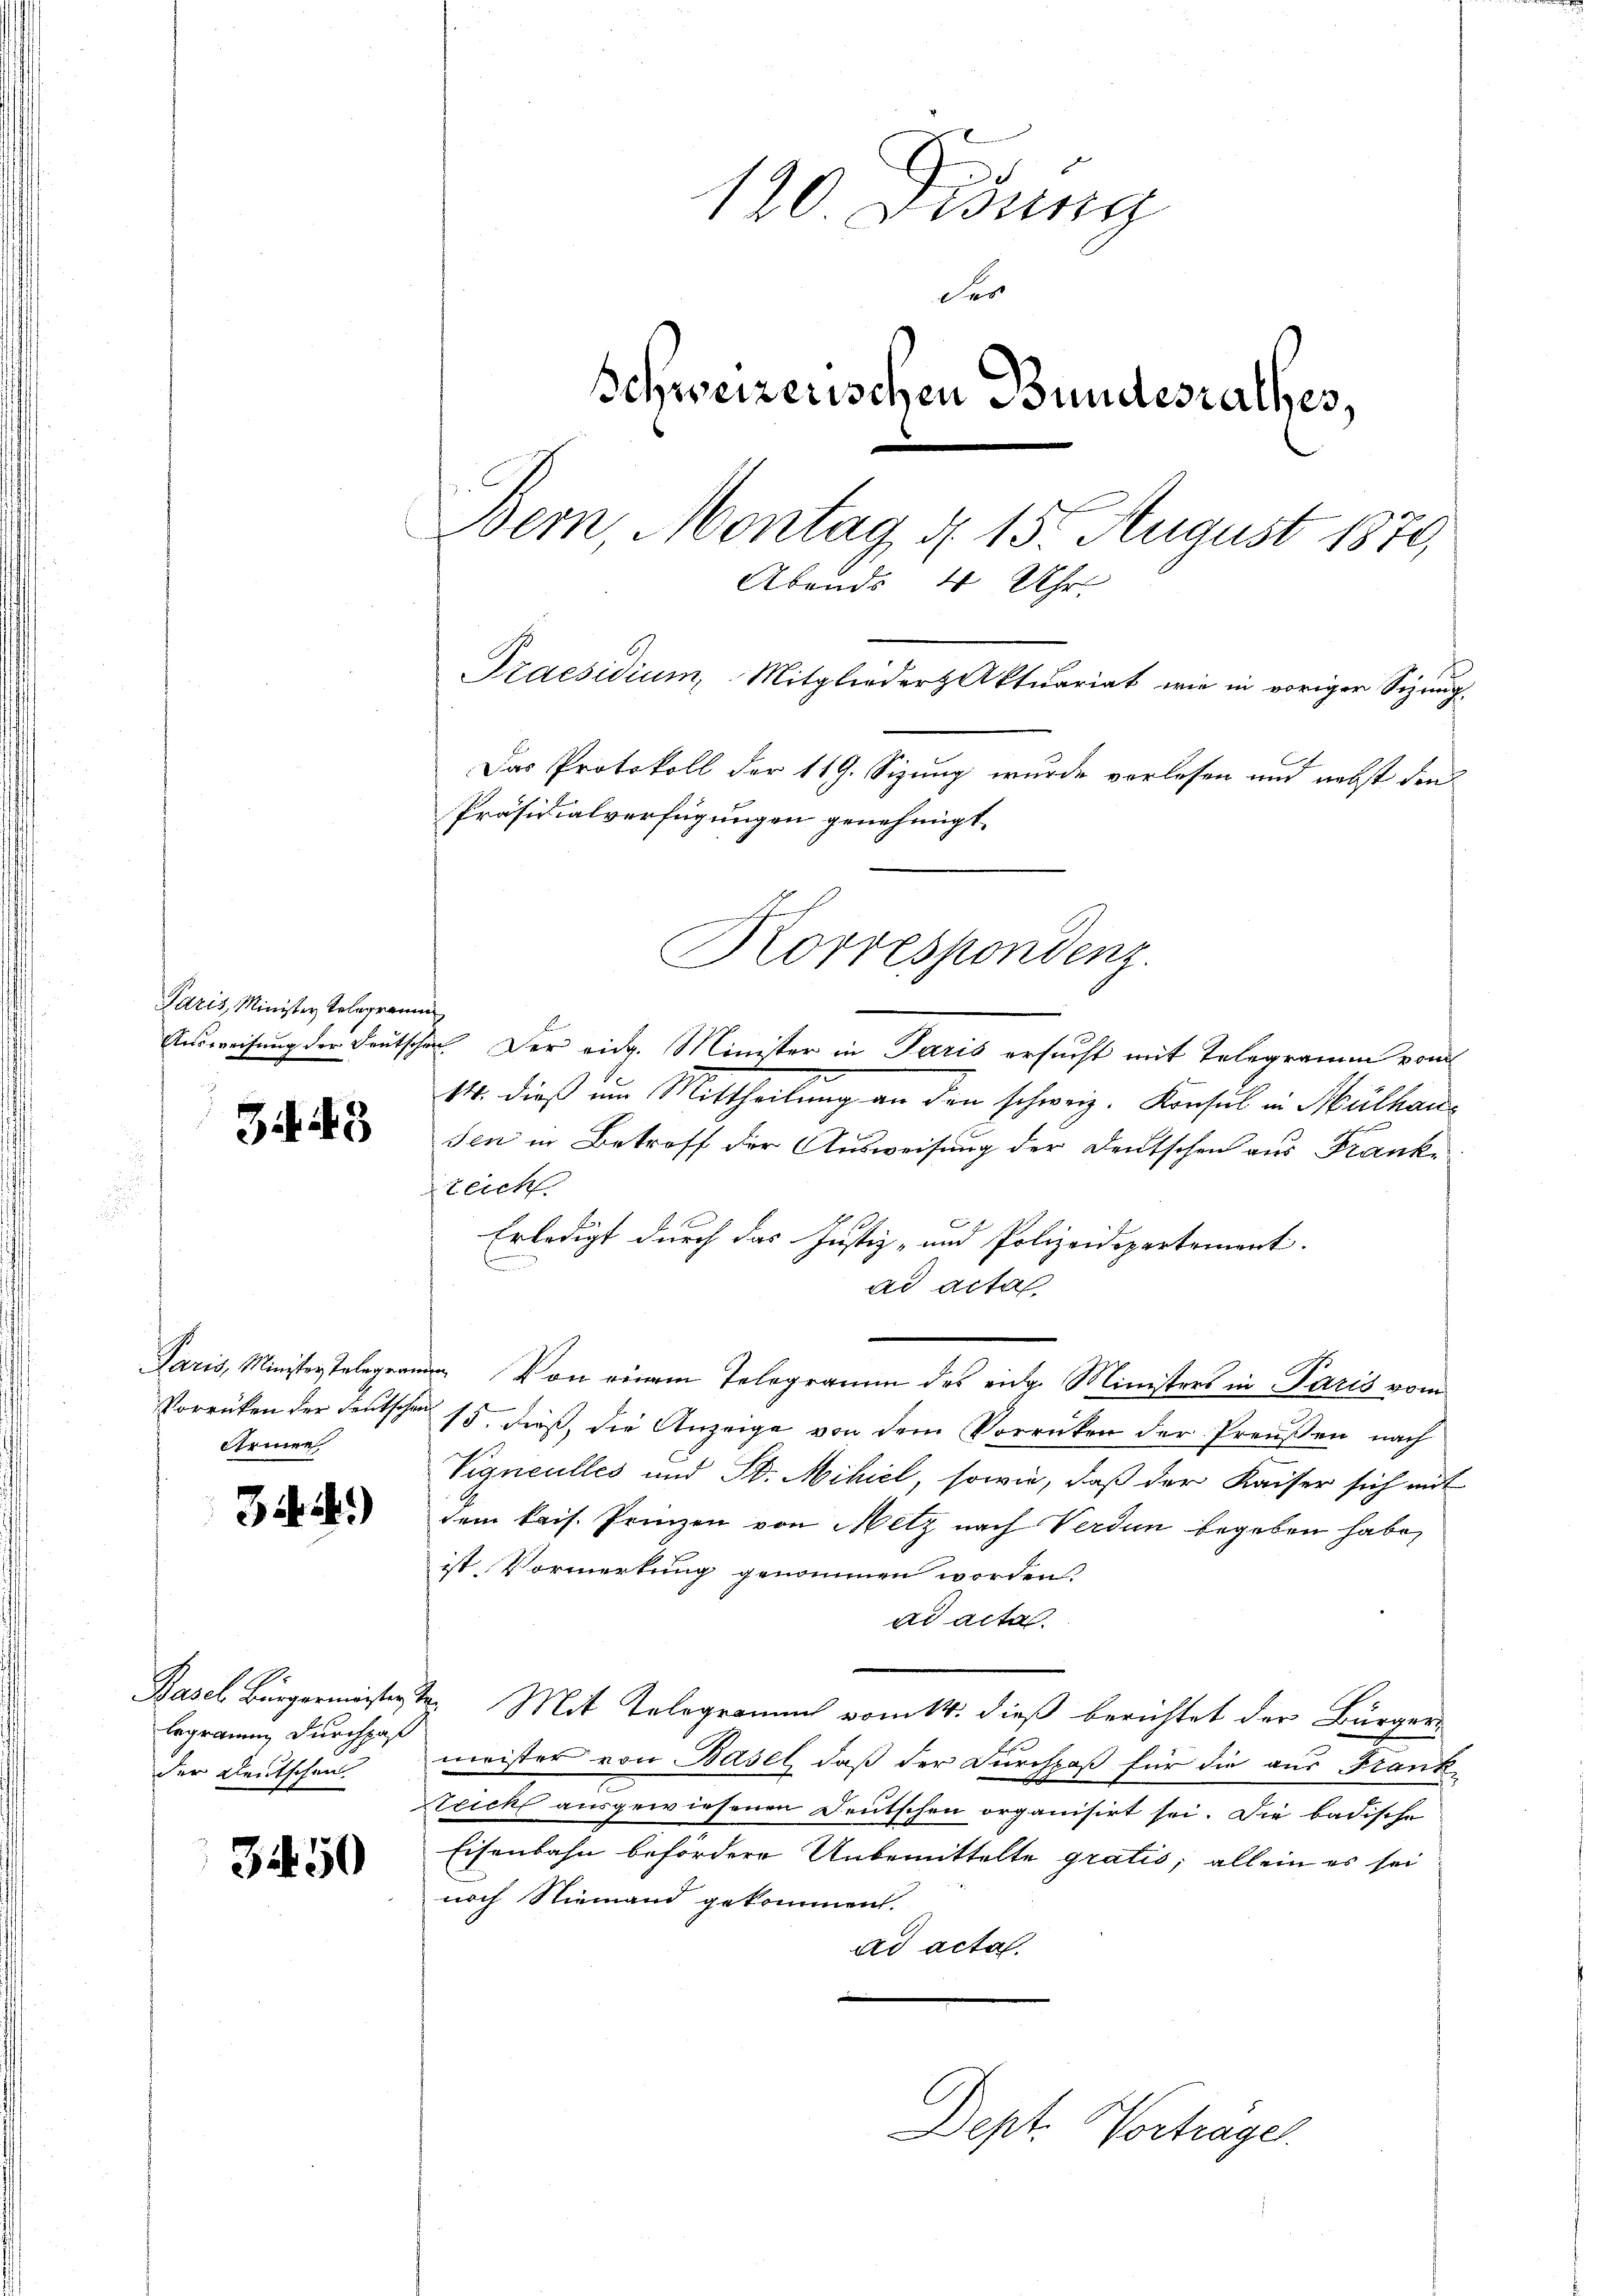
Paris, Minister Telegramm

G 43

Armen

3.)

legramm durchpaß
der Deutschen

34. 50

120. Didung
der
Schweizerischen Bundesrathes,
Bern, Montag d. 15. August 1879,
Abends 4 Uhr
Praesidium, Mitglieder Aktuariat wie in voriger Sizung.
Das Protokoll der 119. Sizung wurde vorlesen und nebst den
Präsidialverfügungen genehmigt.
Korrespondenz.

Ausweisung der Deutschen. Der eidg. Minister in Paris ersucht mit Telegramm vom
14. dieß um Mittheilung an den schweiz. Konsul in Mülhausen in Betroff der Ausweisung der Deutschen aus Franke
teich.
Erledigt durch das Justiz- und Polizeidepartement.
ad actal
Paris, Ministerstelegen. Von einem Telegramm des eidg. Ministers in Paris vom
Vorrücken der Deutschen 15. dieß, die Anzeige von dem Vorrücken der Preußen nach
Vigneulles und St. Mikiel, sowie, daß der Kaiser sich mit
dem kais. Prinzen von Metz nach Verdin begeben habe,
ist, Vormerkung genommen worden.
ad acta
Basel Bürgermeister t Mit Telegramm vom 14. dieß berichtet der Bürger-
meister von Basel, daß der Durchpaß für die aus Frank
trick ausgewiesenen Deutschen organisirt sei. Die badische
Eisenbahn befördere Unbemittelte gratis, allein es sei
noch Niemand gekommen.
ad acta.

Dept. Vorträgen.